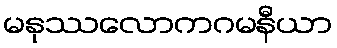
မနုဿလောကဂမနီယာ